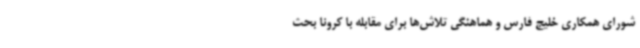
شورای همکاری خلیج فارس و هماهنگی تلاش‌ها برای مقابله با کرونا بحث